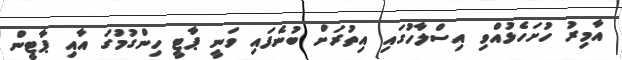
އާމިރު ހުށަހެޅުއްވި އިސްލާހުގައި އިތުރަށް ބުނެފައި ވަނީ ޕާޓީ ހިންގުމުގަ އާއި ޕާޓީން